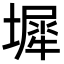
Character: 墀